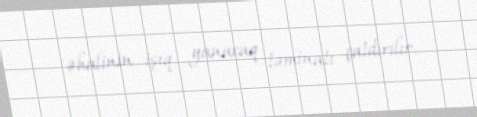
əhalinin işıq, yanacaq təminatı çatdırılır.